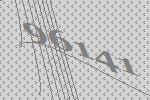
96141